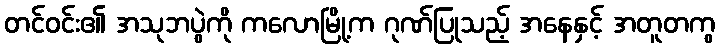
တင်ဝင်း၏ အသုဘပွဲကို ကလောမြို့က ဂုဏ်ပြုသည့် အနေနှင့် အတူတကွ